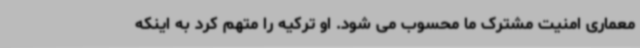
معماری امنیت مشترک ما محسوب می شود. او ترکیه را متهم کرد به اینکه